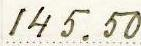
145.50